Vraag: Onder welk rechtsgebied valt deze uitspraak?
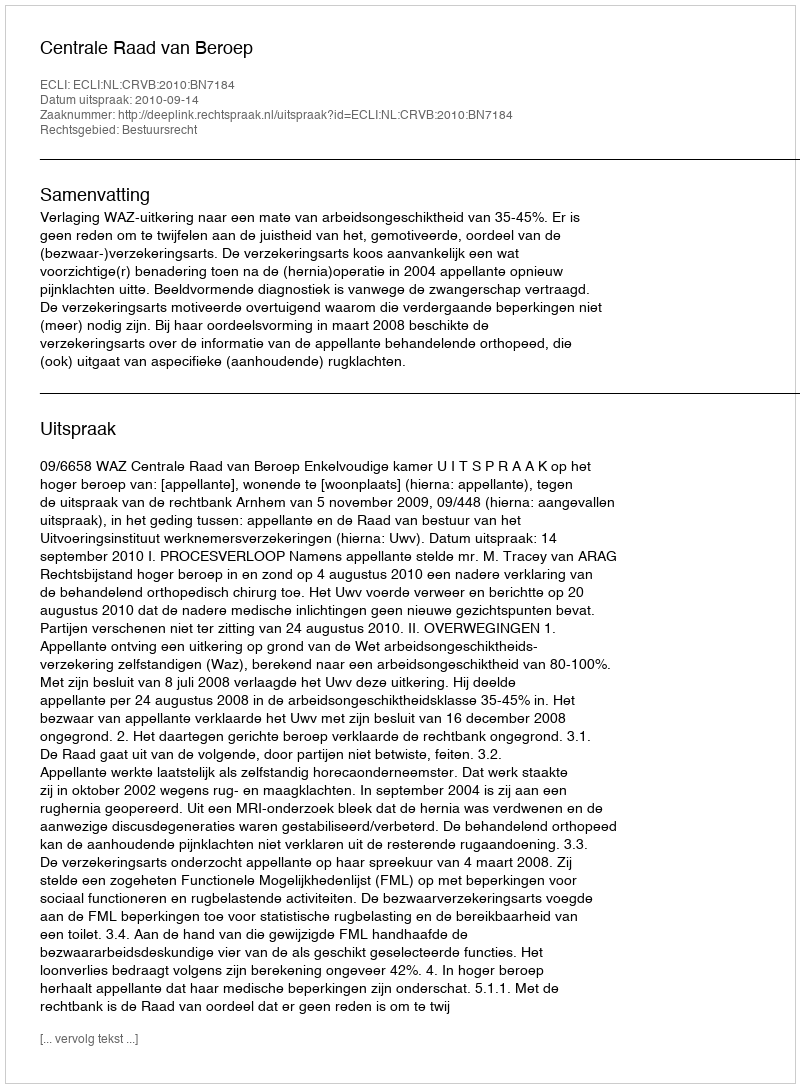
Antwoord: Bestuursrecht